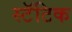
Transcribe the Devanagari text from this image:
स्टॅटिक